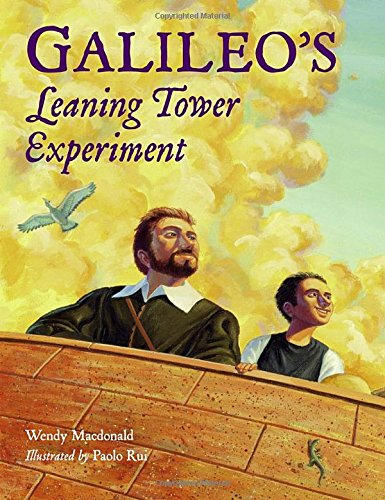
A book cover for Galileo's Leaning Tower Experiment (Junior Library Guild Selection (Charlesbridge Hardcover)); Wendy Macdonald; Children's Books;